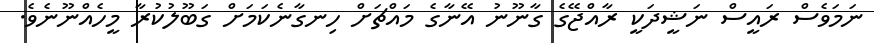
ނަމަވެސް ރައީސް ނަޝީދަކީ ރާއްޖޭގެ ގާނޫނު އޭނާގެ މައްޗަށް ހިނގާނެކަމަށް ގަބޫލުކުރާ މީހެއްނޫނެވެ.